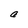
Character: a